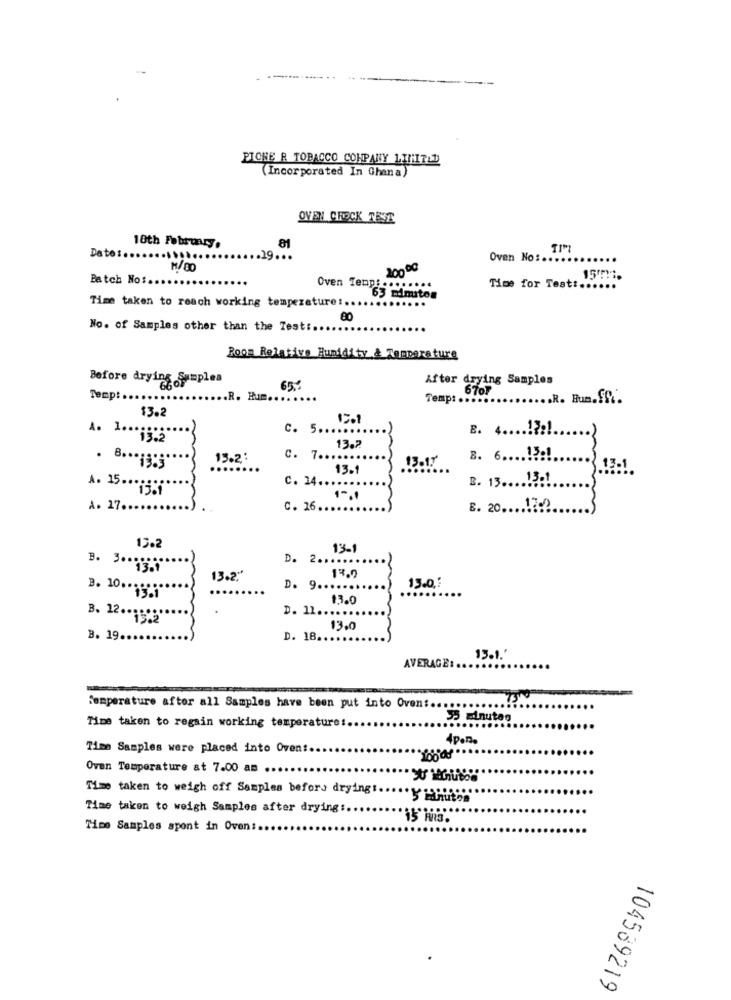
PIONE R TOBACCO COMPANY LIMITED
(Incorporated In Ghana)
OVEN CHECK TEST
18th February.
81
TIM
Datos ..
.. 29
Oven No :..
M/00
20000
Batch No :..
Time for Test :..
Oven Temp :........
Time taken to reach working temperature :.
63 minutos
No. of Samples other than the Test :.
Room Relative Humidity & Temperature
Before drying -Samples
After drying Samples
65%
6767
Temp :..
.R. Hun.
Temp :.
.... R. Bum.S ...
$3.2
C. 5 ....
B. 4 ...
4. 1 ...
13.2"
13.2
.
13.2:
c. 7 ...
13097
B. 6 ....!!!!
8 .****
..
13.1
13-1
c. 14 ..
B. 13 ... . 13.1
A. 15 ...
17.0
A. 17 ..
.
C. 26 ...
E. 20 ........
13.2
13-1
D. 2.
B. 3 ...
13.2"
13.0
13.0,5
D. 9 ...
3. 10. ...
13.0
D. 11.
B. 12 .. '
13.0
B. 19.
D. 18 ..
13.1.'
AVERAGE:
Temperature after all Samples have been put into Oven :....
55 minutes
Time taken to regain working temperature :.
4p.n.
Time Samples were placed into Oven :.
Oven Temperature at 7.00 am ....
Time taken to weigh off Samples before drying!
Time taken to weigh Samples after drying :.
Tipo Samples spont in Oven:
104589219